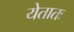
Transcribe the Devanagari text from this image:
येतातः